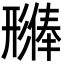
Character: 𪫊